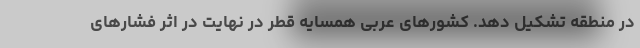
در منطقه تشکیل دهد. کشورهای عربی همسایه قطر در نهایت در اثر فشارهای